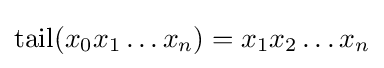
\operatorname {tail} (x_{0}x_{1}\dots x_{n})=x_{1}x_{2}\dots x_{n}